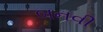
બનવી